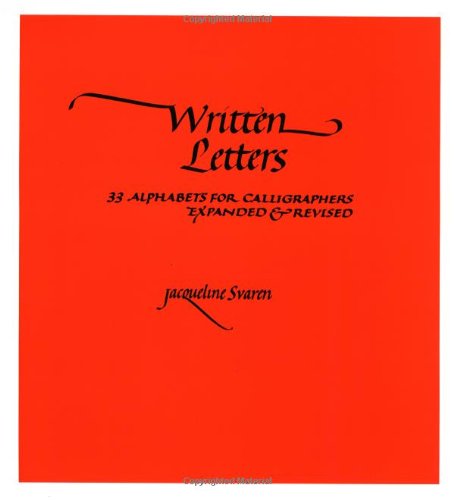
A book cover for Written Letters: 33 Alphabets for Calligraphers; Jacqueline Svaren; Arts & Photography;